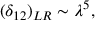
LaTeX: ( \delta _ { 1 2 } ) _ { L R } \sim \lambda ^ { 5 } , ~ ~ ~ ~